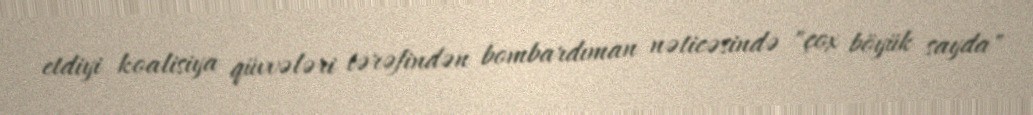
etdiyi koalisiya qüvvələri tərəfindən bombardıman nəticəsində "çox böyük sayda"